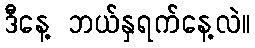
ဒီနေ့ ဘယ်နှရက်နေ့လဲ။